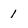
Character: 1